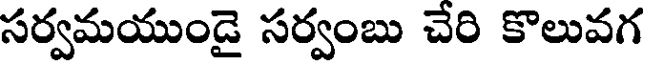
సర్వమయుండై సర్వంబు చేరి కొలువగ